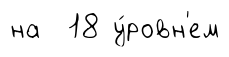
на 18 у́ровн'ем